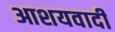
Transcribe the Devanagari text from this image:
आशयवादी